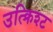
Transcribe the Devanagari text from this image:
उत्क्रिश्ट